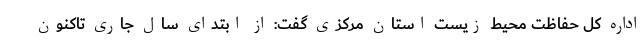
اداره کل حفاظت محیط زیست استان مرکزی گفت: از ابتدای سال جاری تاکنون